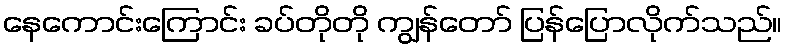
နေကောင်းကြောင်း ခပ်တိုတို ကျွန်တော် ပြန်ပြောလိုက်သည်။